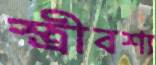
স্ত্রীবশ্য